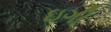
ઇગી